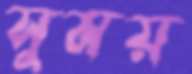
সুময়